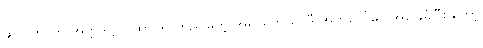
ဆိုလိုတာက အတ္တဒိဋ္ဌိ - ထာဝရ တည်မြဲတဲ့ အရာရှိတယ်၊ ဒီ အတ္တပေါ်မှာ အခြေခံပြီး တော့